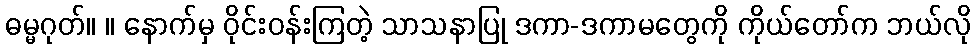
ဓမ္မဂုတ်။ ။ နောက်မှ ဝိုင်းဝန်းကြတဲ့ သာသနာပြု ဒကာ-ဒကာမတွေကို ကိုယ်တော်က ဘယ်လို